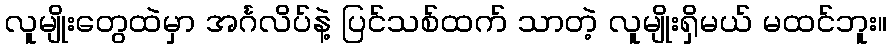
လူမျိုးတွေထဲမှာ အင်္ဂလိပ်နဲ့ ပြင်သစ်ထက် သာတဲ့ လူမျိုးရှိမယ် မထင်ဘူး။